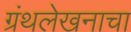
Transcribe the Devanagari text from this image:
ग्रंथलेखनाचा